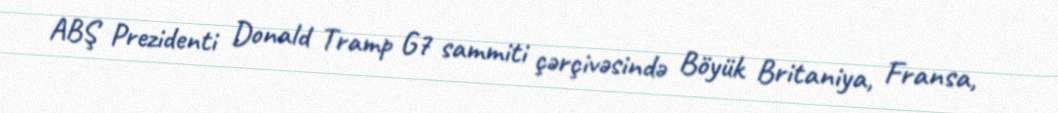
ABŞ Prezidenti Donald Tramp G7 sammiti çərçivəsində Böyük Britaniya, Fransa,